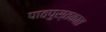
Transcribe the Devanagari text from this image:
पाठपुस्तकात